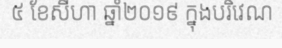
៥ ខែសីហា ឆ្នាំ២០១៩ ក្នុងបរិវេណ